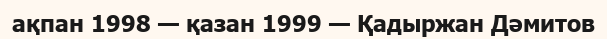
ақпан 1998 — қазан 1999 — Қадыржан Дәмитов